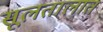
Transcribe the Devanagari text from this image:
सूलतालात